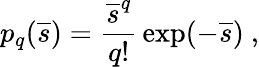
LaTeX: p_{q}({\overline{{s}}})={\frac{{\overline{{s}}}^{q}}{q!}}\exp(-{\overline{{s}}})\ ,